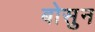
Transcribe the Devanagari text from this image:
बोसुन